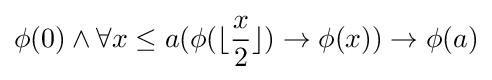
\phi (0)\wedge \forall x\leq a(\phi (\lfloor {\frac {x}{2}}\rfloor )\rightarrow \phi (x))\rightarrow \phi (a)